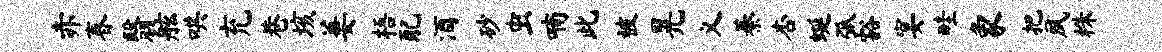
赤春翳舷哄充巷垓萋梧配酒砂虫喃此被晃义綦杏蜒弧豁宴畦象把夙株